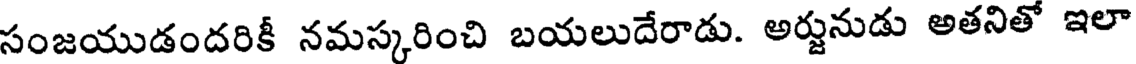
సంజయుడందరికీ నమస్కరించి బయలుదేరాడు. అర్జునుడు అతనితో ఇలా